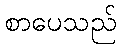
စာပေသည်